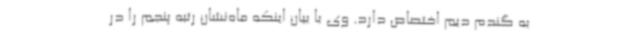
به گندم دیم اختصاص دارد. وی با بیان اینکه ماه‌نشان رتبه پنجم را در